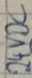
Text: 24VDC